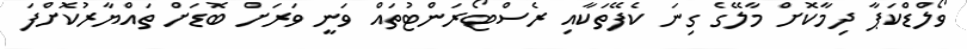
ވޯލްޑްކަޕާ ދިމާކޮށް މާލޭގެ ގިނަ ކެފޭތަކާއި ރެސްޓޯރަންޓުތައް ވަނީ ވަރަށް ބޮޑަށް ތައްޔާރުކޮށްފަ